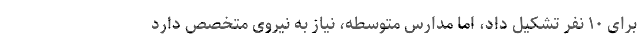
برای ۱۰ نفر تشکیل داد، اما مدارس متوسطه، نیاز به نیروی متخصص دارد